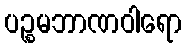
ပဉ္စမဘာဏဝါရော